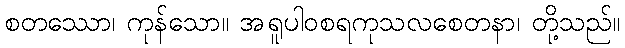
စတဿော၊ ကုန်သော။ အရူပါဝစရကုသလစေတနာ၊ တို့သည်။